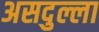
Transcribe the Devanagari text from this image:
असदुल्ला